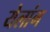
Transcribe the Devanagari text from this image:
येलांग